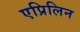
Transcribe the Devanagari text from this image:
एप्रिलिन